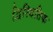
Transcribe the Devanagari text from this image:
द्विस्थितिक